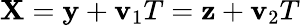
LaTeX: {\mathbf X}={\mathbf y}+{\mathbf v}_{1}T={\mathbf z}+{\mathbf v}_{2}T